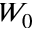
W _ { 0 }